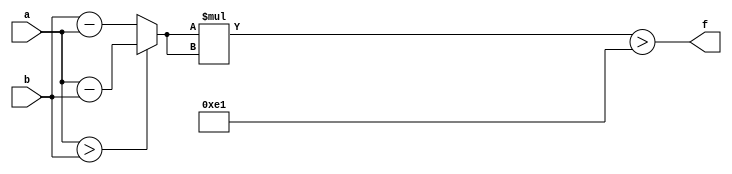
module maxse_mit(a, b, f);
parameter _bit = 32;
parameter maxse = 225;
input [_bit - 1: 0] a;
input [_bit - 1: 0] b;
output f;
wire [_bit - 1: 0] diff;
wire [_bit * 2 - 1: 0] se;
assign diff = (a > b)? (a - b): (b - a);
assign se = diff * diff;
assign f = (se > maxse);
endmodule